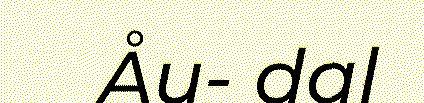
Åu- dal